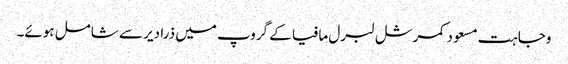
وجاہت مسعود کمرشل لبرل مافیا کے گروپ میں ذرا دیر سے شامل ہوئے۔